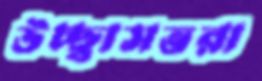
উচ্ছ্বাসভরা